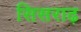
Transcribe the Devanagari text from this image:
सिसराढ़